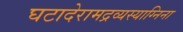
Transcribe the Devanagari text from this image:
घटादेरामद्रव्यस्याग्निना